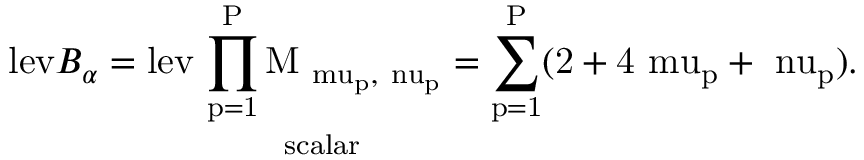
\displaystyle \mathrm { l e v } B _ { \alpha } = \mathrm { { l e v } \underbrace { \prod _ { p = 1 } ^ { P } M _ { \ m u _ { p } , \ n u _ { p } } } _ { s c a l a r } = \sum _ { p = 1 } ^ { P } ( 2 + 4 \ m u _ { p } + \ n u _ { p } ) . }